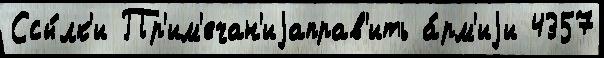
Ссы́лк'и Пр'им'ечан'иjаправ'ить а́рм'иjи 4357